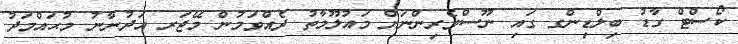
ކޯސްޓް ގާޑު ބިލްޑިންގ ގައި ނޫސްވެރިންނަށް މައުލޫމާތު ދެއްވަމުން މޭޖަރ އަދުނާނު މުޙައްމަދު